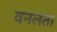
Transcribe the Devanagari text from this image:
वनलता